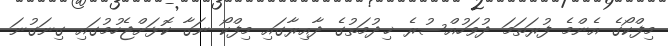
މިފްކޯގެ އެންމެ ފުރަތަމަ ދުވަހުއްސުރެ ޚިދުމަތުގެ ދާއިރާގައި މިފްކޯ ނަގާ ކޮޅަށްޖެހުމުގައި ގިނަގުނަ